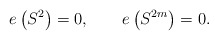
\begin{align*}e\left(S^2\right)=0, \qquad e\left(S^{2m}\right)=0.\end{align*}